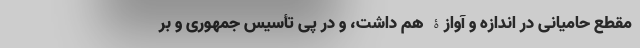
مقطع حامیانی در اندازه و آوازۀ هم داشت، و در پی تأسیس جمهوری و بر